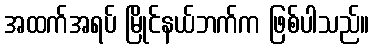
အထက်အရပ် မြိုင်နယ်ဘက်က ဖြစ်ပါသည်။